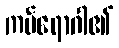
ကပ်ရောဂါ၏